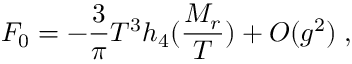
{ \cal F } _ { 0 } = - \frac { 3 } { \pi } T ^ { 3 } h _ { 4 } ( \frac { M _ { r } } { T } ) + { \cal O } ( g ^ { 2 } ) \; ,